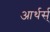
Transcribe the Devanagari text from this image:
आर्थर्स्